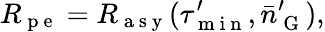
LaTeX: R_{\mathrm{~p~e~}}=R_{\mathrm{~a~s~y~}}(\tau_{\mathrm{~m~i~n~}}^{\prime},\bar{n}_{\mathrm{~G~}}^{\prime}),